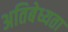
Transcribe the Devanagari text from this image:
अतिबेध्यता